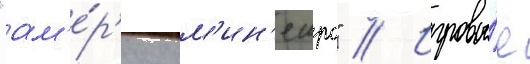
"ам'е́р'ику м'ин'еиро" // Игровы́е